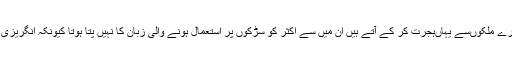
ہمارے جیسے ڈاکٹر جو دوسرے ملکوں‌سے یہاں‌ہجرت کر کے آتے ہیں‌ ان میں‌ سے اکثر کو سڑکوں‌ پر استعمال ہونے والی زبان کا نہیں‌ پتا ہوتا کیونکہ انگریزی کتابوں‌سے سیکھی ہوتی ہے۔